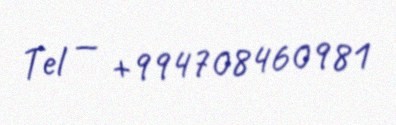
Tel — +994708460981